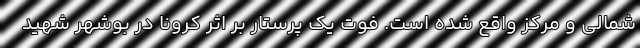
شمالی و مرکز واقع شده است. فوت یک پرستار بر اثر کرونا در بوشهر شهید